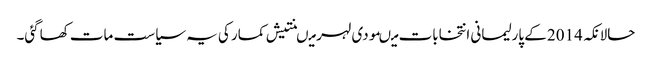
حالانکہ 2014 کے پارلیمانی انتخابات میںمودی لہر میںنتیش کمار کی یہ سیاست مات کھاگئی۔